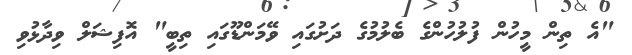
"އެ ތިން މީހުން ފުލުހުންގެ ބެލުމުގެ ދަށުގައި ވޭމަންޑޫގައި ތިބީ" އޮފިޝަލް ވިދާޅުވި